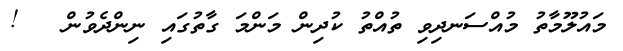
މައުލޫމާތު މުއްސަނދިވި ތުއްތު ކުދިން މަންމަ ގާތުގައި ނިންދެވުން   !